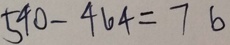
5 4 0 - 4 6 4 = 7 6